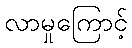
လာမှုကြောင့်